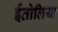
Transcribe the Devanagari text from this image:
ईतोलिया